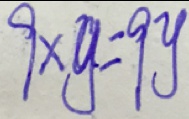
9 \times y = 9 y